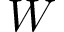
W